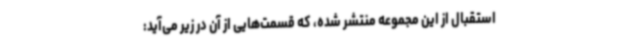
استقبال از این مجموعه منتشر شده، که قسمت‌هایی از آن‌ در زیر می‌آید: